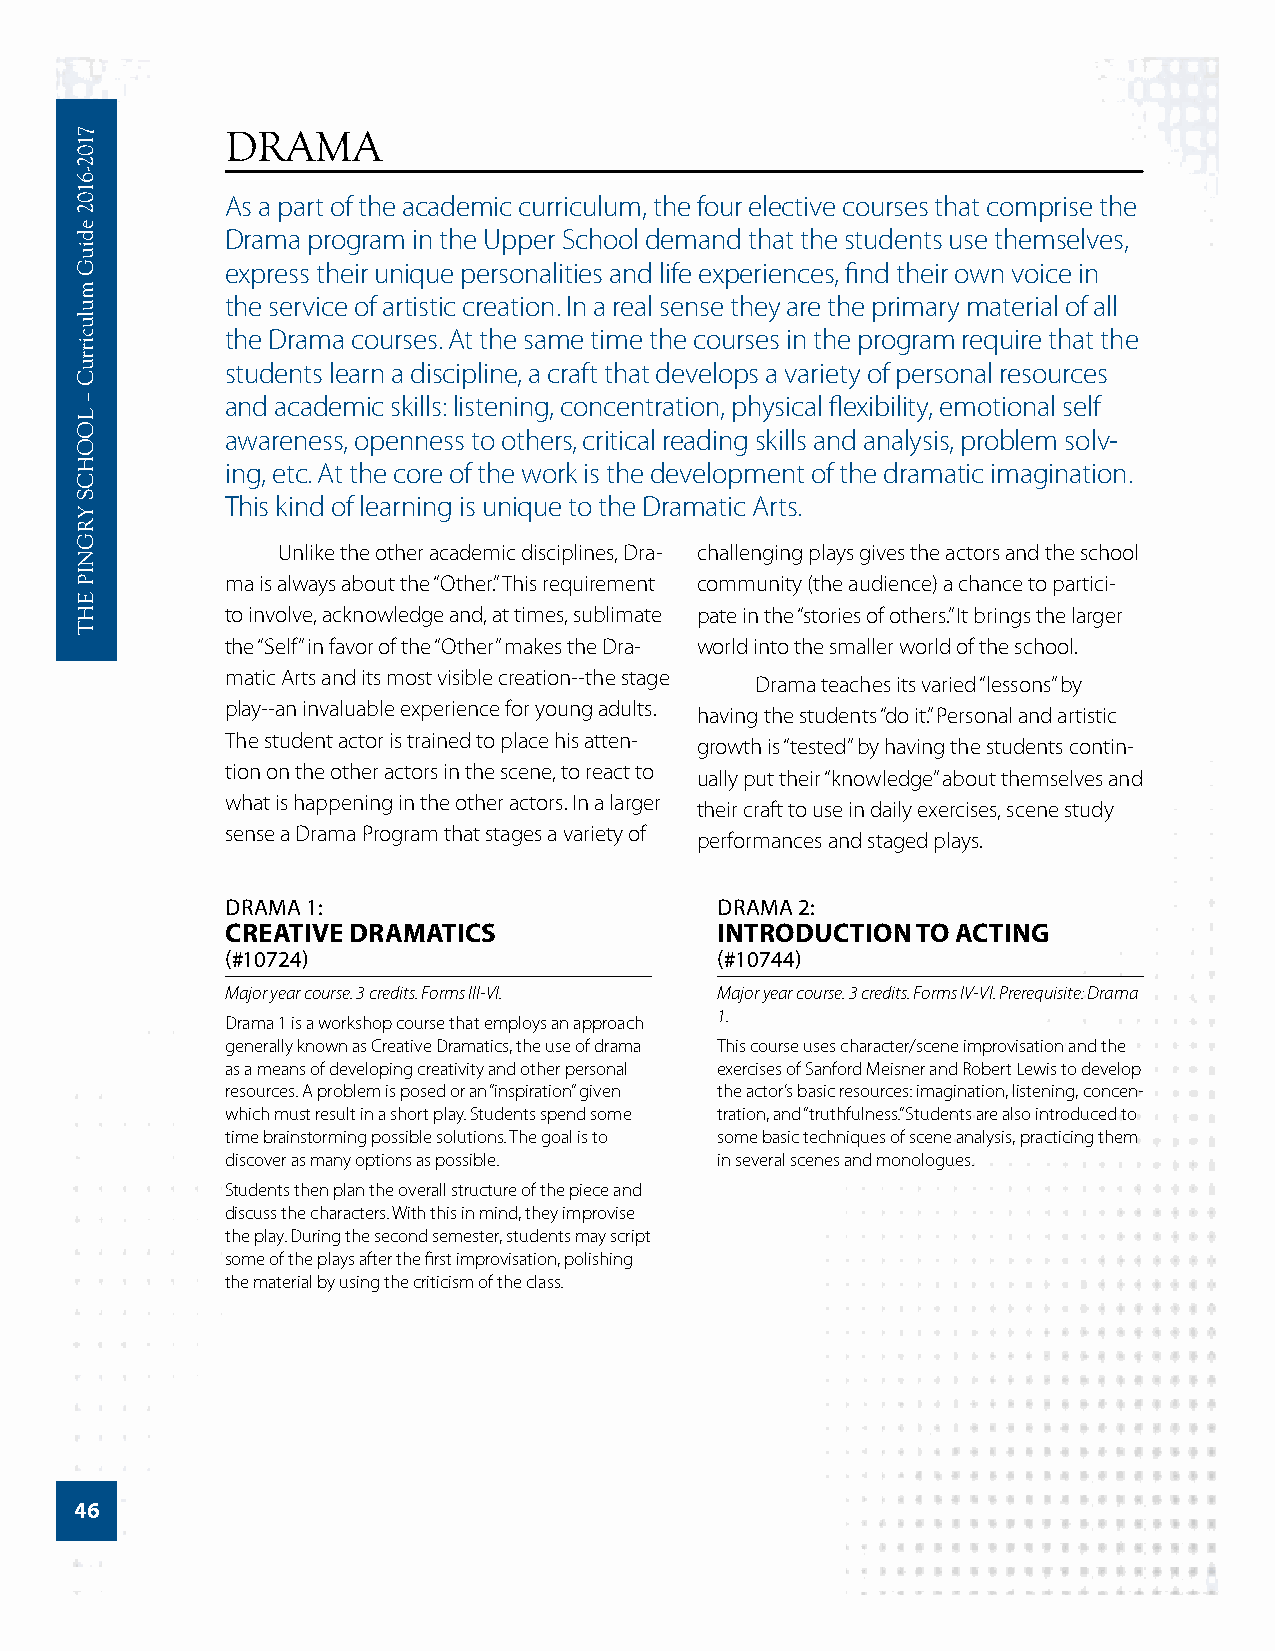
DRAMA
 As a part of the academic curriculum, the four elective courses that comprise the
 Drama program in the Upper School demand that the students use themselves,
 express their unique personalities and life experiences, find their own voice in
 the service of artistic creation. In a real sense they are the primary material of all
 the Drama courses. At the same time the courses in the program require that the
 students learn a discipline, a craft that develops a variety of personal resources
 and academic skills: listening, concentration, physical flexibility, emotional self
 awareness, openness to others, critical reading skills and analysis, problem solv-
 ing, etc. At the core of the work is the development of the dramatic imagination.
 This kind of learning is unique to the Dramatic Arts.
 Unlike the other academic disciplines, Dra- challenging plays gives the actors and the school
 ma is always about the “Other.” This requirement community (the audience) a chance to partici-
 to involve, acknowledge and, at times, sublimate pate in the “stories of others.” It brings the larger
 the “Self” in favor of the “Other” makes the Dra- world into the smaller world of the school.
 matic Arts and its most visible creation--the stage
 Drama teaches its varied “lessons” by
 play--an invaluable experience for young adults.
 having the students “do it.” Personal and artistic
 The student actor is trained to place his atten-
 growth is “tested” by having the students contin-
 tion on the other actors in the scene, to react to
 ually put their “knowledge” about themselves and
 what is happening in the other actors. In a larger
 their craft to use in daily exercises, scene study
 sense a Drama Program that stages a variety of
 performances and staged plays.
 DRAMA 1:                        DRAMA 2:
 CREATIVE DRAMATICS               INTRODUCTION TO ACTING
 (#10724)                        (#10744)
 Major year course. 3 credits. Forms III-VI. Major year course. 3 credits. Forms IV-VI. Prerequisite: Drama
 1.
 Drama 1 is a workshop course that employs an approach
 generally known as Creative Dramatics, the use of drama This course uses character/scene improvisation and the
 as a means of developing creativity and other personal exercises of Sanford Meisner and Robert Lewis to develop
 resources. A problem is posed or an “inspiration” given the actor’s basic resources: imagination, listening, concen-
 which must result in a short play. Students spend some tration, and “truthfulness.” Students are also introduced to
 time brainstorming possible solutions. The goal is to some basic techniques of scene analysis, practicing them
 discover as many options as possible. in several scenes and monologues.
 Students then plan the overall structure of the piece and
 discuss the characters. With this in mind, they improvise
 the play. During the second semester, students may script
 some of the plays after the first improvisation, polishing
 the material by using the criticism of the class.
 46
 7102-­6102
 ediuG
 mulucirruC
 –
 LOOHCS
 YRGNIP
 EHT